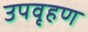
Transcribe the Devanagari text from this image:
उपवृहण